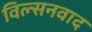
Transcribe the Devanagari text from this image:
विल्सनवाद